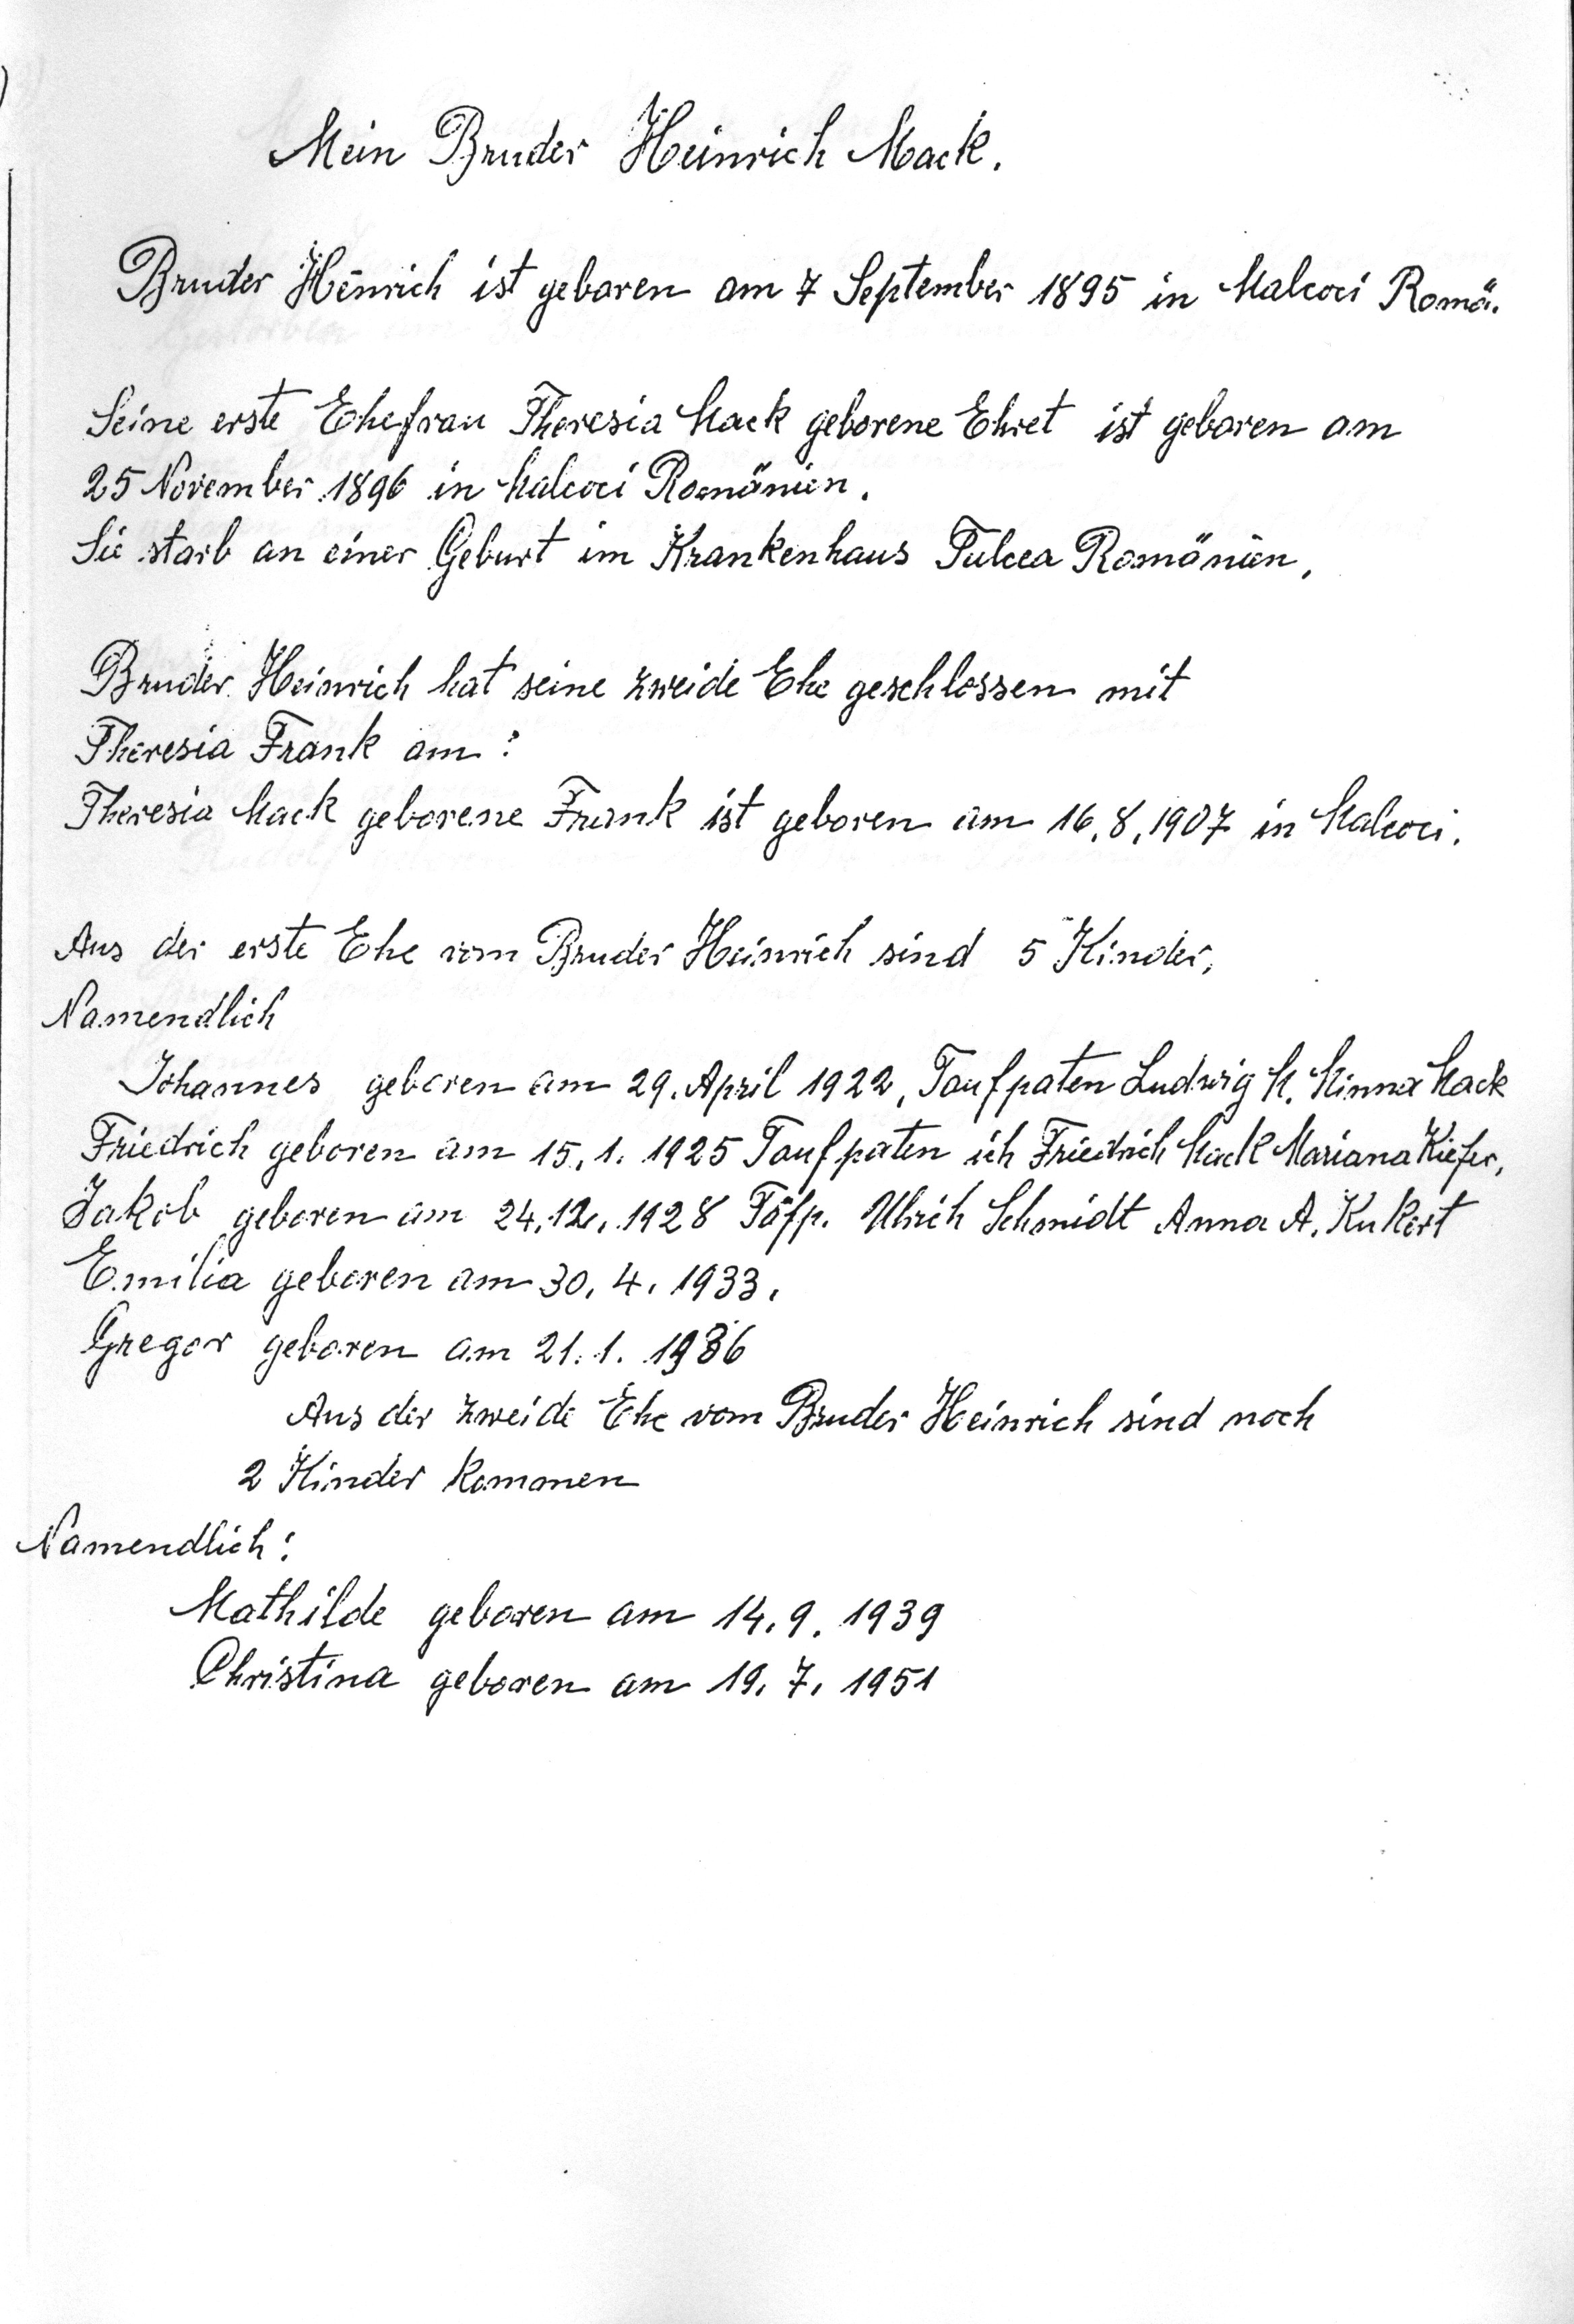
Mein Bruder Heinrich Mack
Bruder Heinrich ist geboren am 7 September 1895 in Malcoci Romä.
Seine erste Ehefrau Theresia Mack geborene Ehret ist geboren am
25 November 1896 in Malcoci Romänien.
Sie starb an einer Geburt im Krankenhaus Tulcea Romänien.
Bruder Heinrich hat seine zweide Ehe geschlossen mit
Theresia Frank am :
Theresia Mack geborene Frank ist geboren am 16.8.1907 in Malcoci.
Aus der erste Ehe vom Bruder Heinrich sind 5 Kinder
Namendlich
Johannes geboren am 29. April 1922, Taufpaten Ludwig M. Minna Mack
Friedrich geboren am 15. 1 1925 Taufpaten ich Friedrich Mack Mariana Kiefer,
Jakob geboren am 24.12.1928 Töfp. Ulrich Schmidt Anna A. Kuckert
Emilia geboren am 30.4.1933.
Gregor geboren am 21.1.1936
Aus der zweide Ehe vom Bruder Heinrich sind noch
2 Kinder kommen
Namendlich :
Mathilde geboren am 14.9.1939
Christina geboren am 19.7.1951